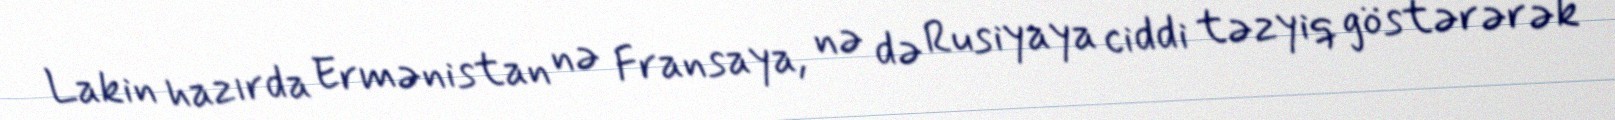
Lakin hazırda Ermənistan nə Fransaya, nə də Rusiyaya ciddi təzyiq göstərərək